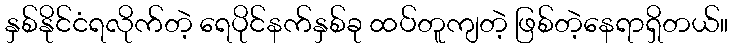
နှစ်နိုင်ငံရလိုက်တဲ့ ရေပိုင်နက်နှစ်ခု ထပ်တူကျတဲ့ ဖြစ်တဲ့နေရာရှိတယ်။